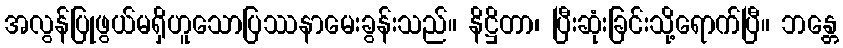
အလွန်ပြုဖွယ်မရှိဟူသောပြဿနာမေးခွန်းသည်။ နိဋ္ဌိတာ၊ ပြီးဆုံးခြင်းသို့ရောက်ပြီ။ ဘန္တေ